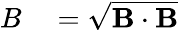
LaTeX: \begin{array}{rl}{B}&{{}=\sqrt{\mathbf{B}\cdot\mathbf{B}}}\end{array}